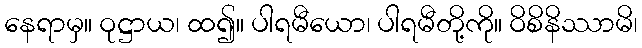
နေရာမှ။ ဝုဋ္ဌာယ၊ ထ၍။ ပါရမီယော၊ ပါရမီတို့ကို။ ဝိစိနိဿာမိ၊